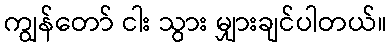
ကျွန်တော် ငါး သွား မျှားချင်ပါတယ်။